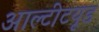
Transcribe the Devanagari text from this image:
आल्टीटयूड